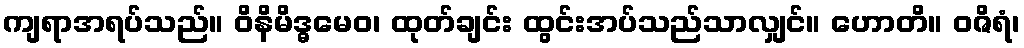
ကျရာအရပ်သည်။ ဝိနိမိဒ္ဓမေဝ၊ ထုတ်ချင်း ထွင်းအပ်သည်သာလျှင်။ ဟောတိ။ ဝဇိရံ၊